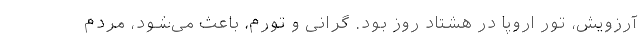
آرزویش، تور اروپا در هشتاد روز بود. گرانی و تورم، باعث می‌شود، مردم